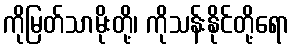
ကိုမြတ်သာမိုးတို့၊ ကိုသန်းနိုင်တို့ရော